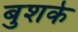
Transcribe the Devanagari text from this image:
बुशके